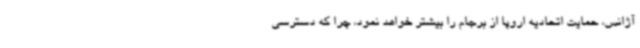
آژانس، حمایت اتحادیه اروپا از برجام را بیشتر خواهد نمود، چرا که دسترسی